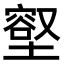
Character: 𭏳